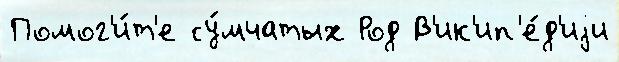
Помог'и́т'е су́мчатых Род В'ик'ип'е́д'иjи